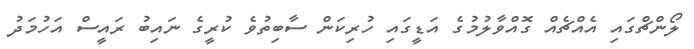
ލޯންޗްގައި އެއްޗެއް ގޮއްވާލުމުގެެ އަޑީގައި ހުރިކަން ސާބިތުވެ ކުރީގެ ނައިބު ރައީސް އަހުމަދު